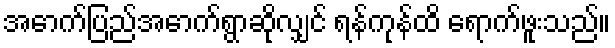
အောက်ပြည်အောက်ရွာဆိုလျှင် ရန်ကုန်ထိ ရောက်ဖူးသည်။